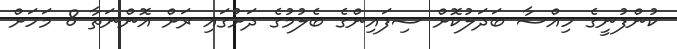
ކުންފުނީގެ ހިއްސާ ބަދަލުކޮށް ސިފައިންގެ ބެލުމުގެ ދަށުގައި ރަށް އޮންނަތާ 8 މަހަށް